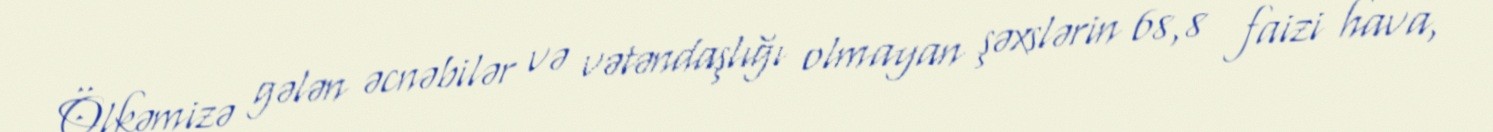
Ölkəmizə gələn əcnəbilər və vətəndaşlığı olmayan şəxslərin 68,8 faizi hava,